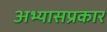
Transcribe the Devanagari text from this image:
अभ्यासप्रकार